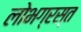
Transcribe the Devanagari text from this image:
लोभग्रस्त